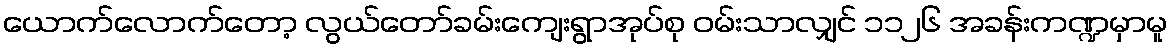
ယောက်လောက်တော့ လွယ်တော်ခမ်းကျေးရွာအုပ်စု ဝမ်းသာလျှင် ၁၁၂၆ အခန်းကဏ္ဍမှာမူ